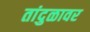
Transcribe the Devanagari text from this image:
तांदुळावर